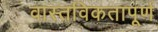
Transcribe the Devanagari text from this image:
वास्तविकतापूर्ण